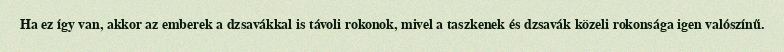
Ha ez így van, akkor az emberek a dzsavákkal is távoli rokonok, mivel a taszkenek és dzsavák közeli rokonsága igen valószínű.